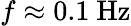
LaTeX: f\approx 0.1~\mathrm{Hz}